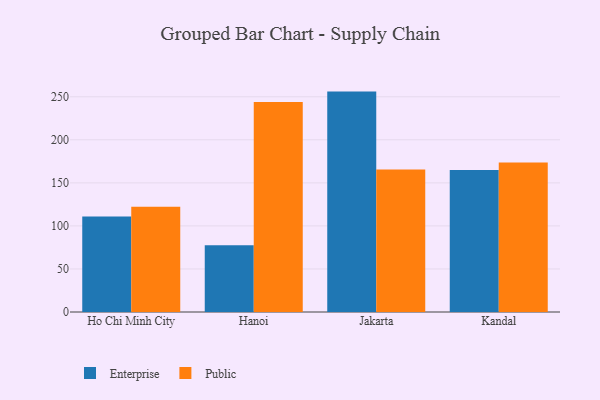
{"axis": {"x": "City", "y": "Operating Costs (USD K)"}, "legend": ["Enterprise", "Public"], "data": [{"x": "Ho Chi Minh City", "y": 111.0, "type": "Enterprise"}, {"x": "Ho Chi Minh City", "y": 122.2, "type": "Public"}, {"x": "Hanoi", "y": 77.4, "type": "Enterprise"}, {"x": "Hanoi", "y": 243.8, "type": "Public"}, {"x": "Jakarta", "y": 256.0, "type": "Enterprise"}, {"x": "Jakarta", "y": 165.6, "type": "Public"}, {"x": "Kandal", "y": 164.9, "type": "Enterprise"}, {"x": "Kandal", "y": 173.7, "type": "Public"}]}